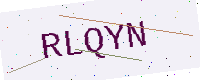
Text: RLQYN